NAE_ERA_R-1765_ENSV_Kirjanike_Liit_1945-1955, lk 8
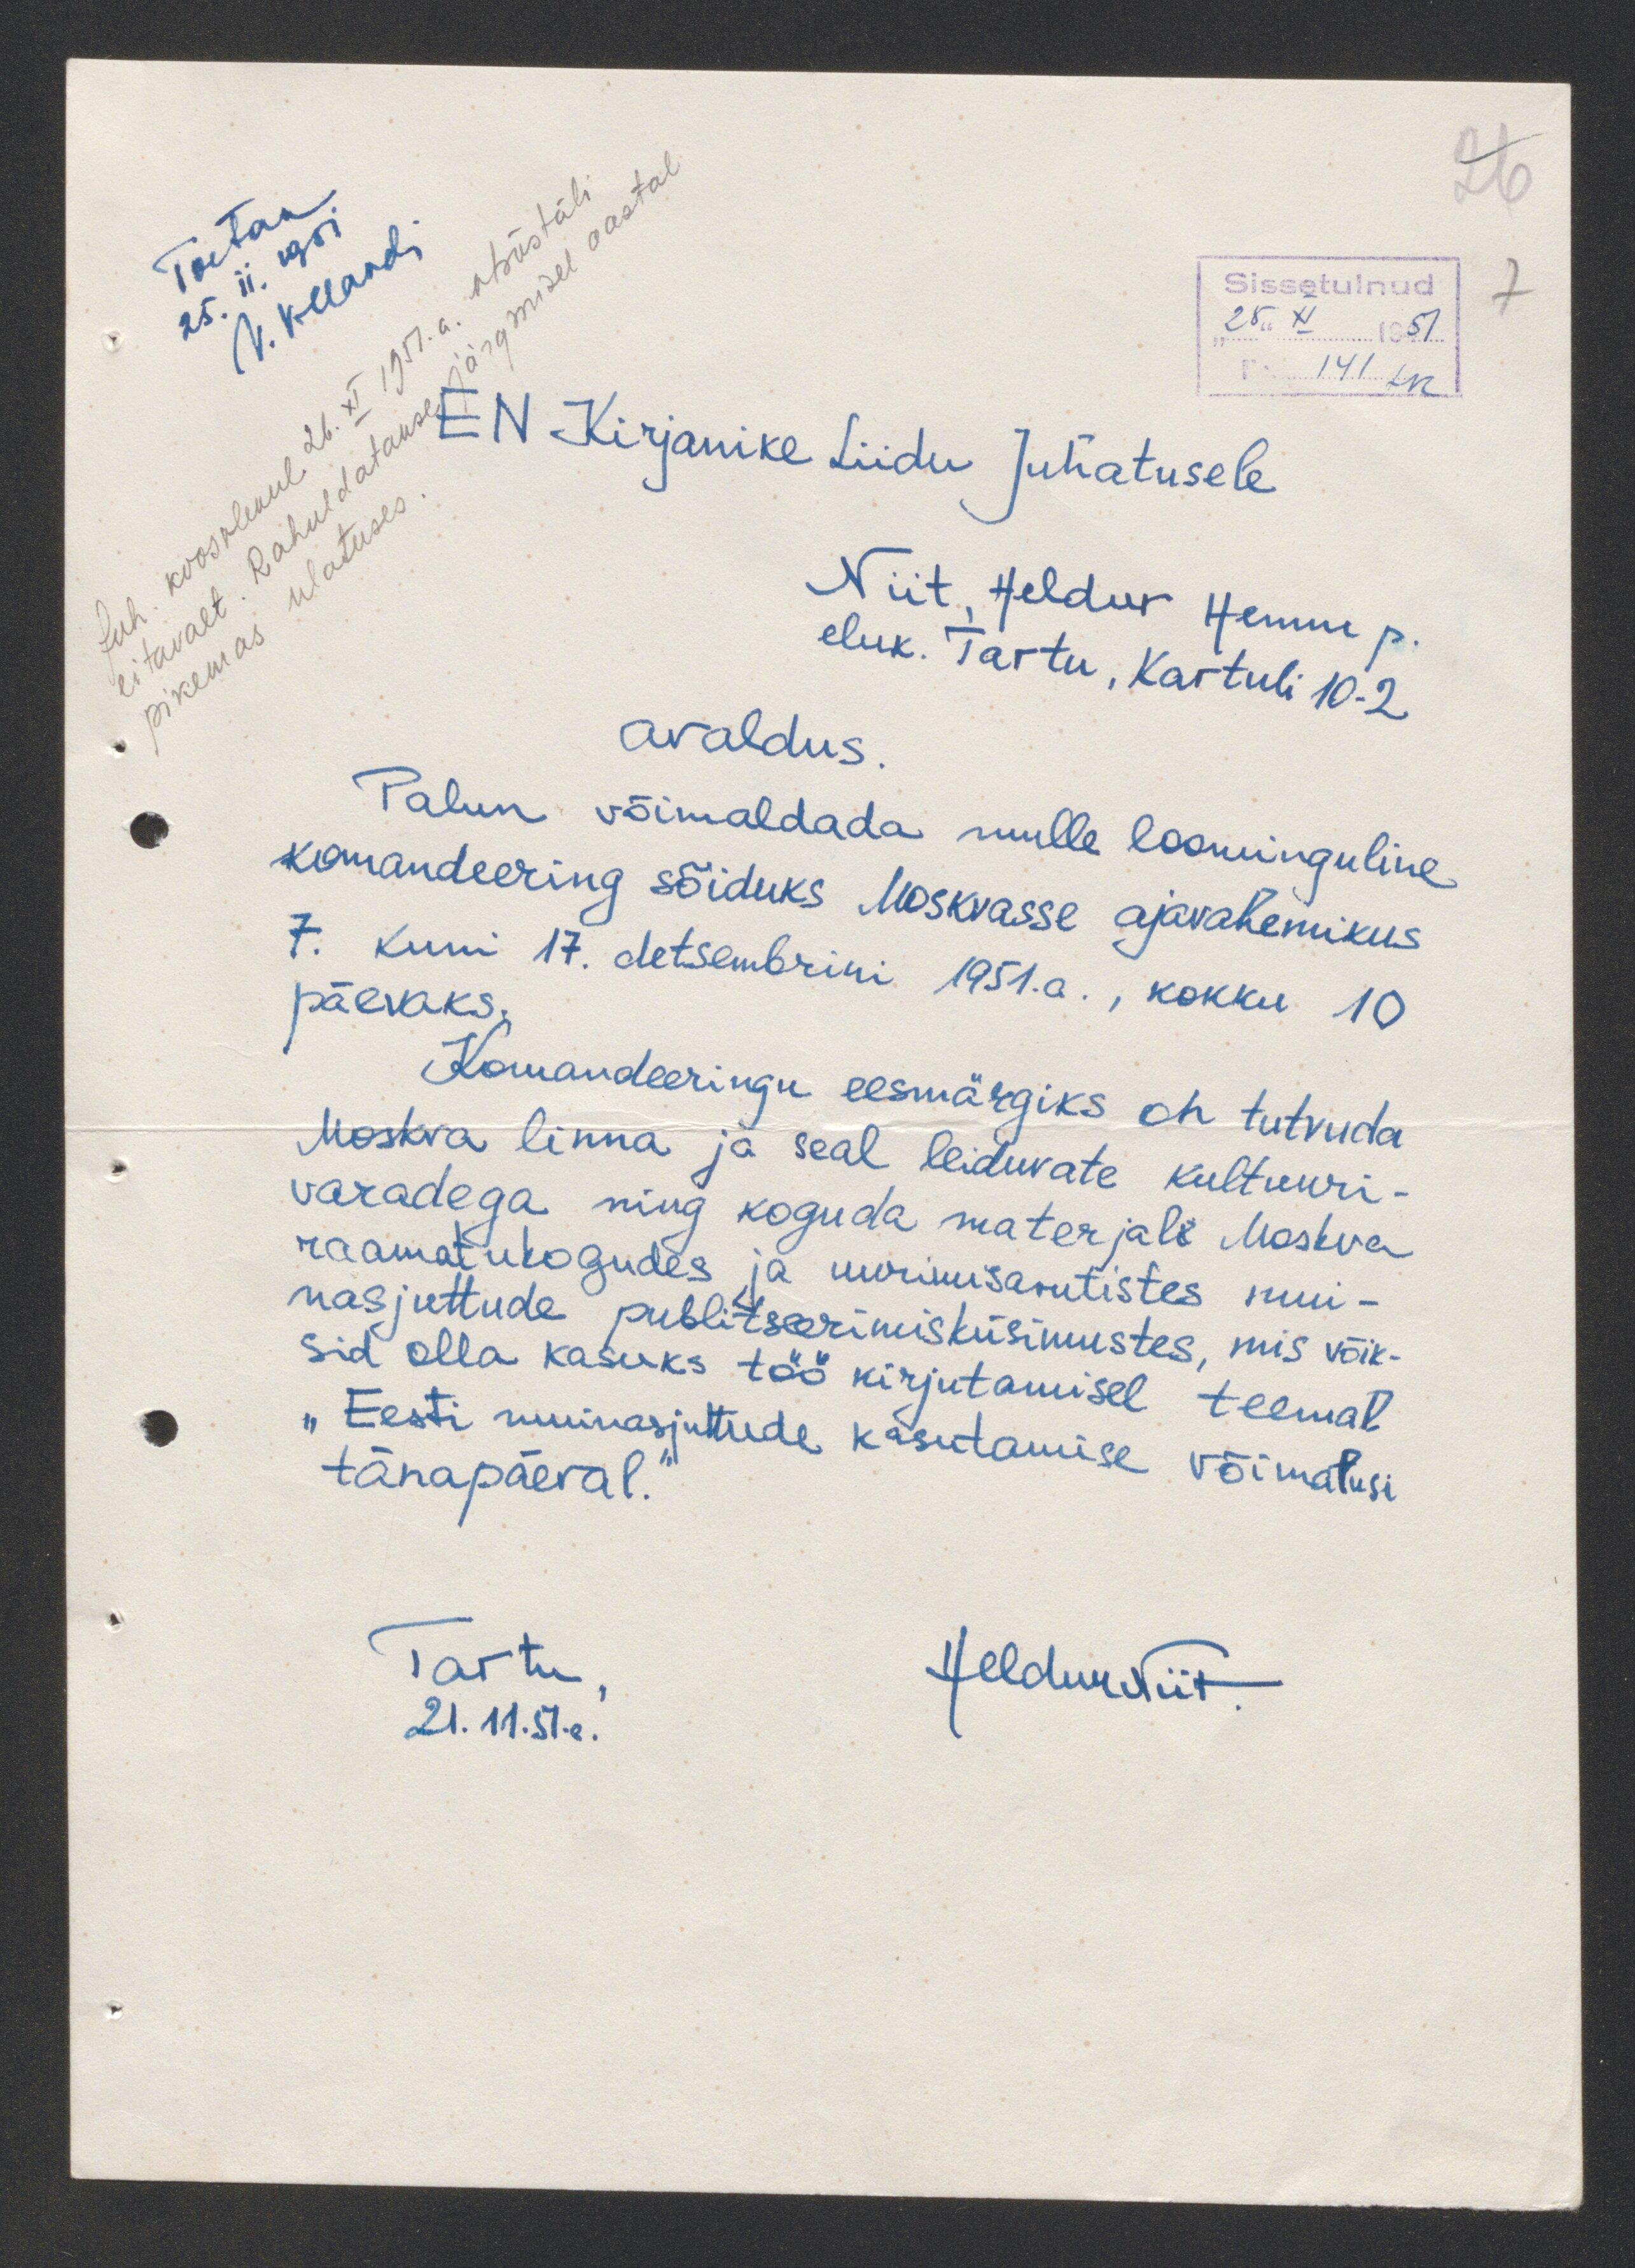
eitavalt. Rahuldatakse järgmisel aastal
Juh. koosolekul 26. XI 1951.a. otsustati
EN Kirjanike Liidu Juhatusele
pikemas ulatuses.
Niit, Heldur Hennu p.
eluk. Tartu, Kartuli 10-2
avaldus.
Palun võimaldada mulle loominguline
komandeering sõiduks Moskvasse ajavahemikus
7. kuni 17. detsembrini 1951. a., kokku 10
päevaks.
Komandeeringu eesmärgiks on tutvuda
Moskva linna ja seal leiduvate kultuuri-
varadega ning koguda materjali Moskva
raamatukogudes ja uurimisasutistes mui-
nasjuttude publitserimisküsimustes, mis võik-
sid olla kasuks töökirjutamisel teemal.
"Eesti muinasjutude kasutamise võimalusi
tänapäeval.
Tartu
Heldur Niit
21.11.51.a.